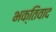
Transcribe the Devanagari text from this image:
भक्तिवाद